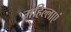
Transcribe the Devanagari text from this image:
महिल्लाएं